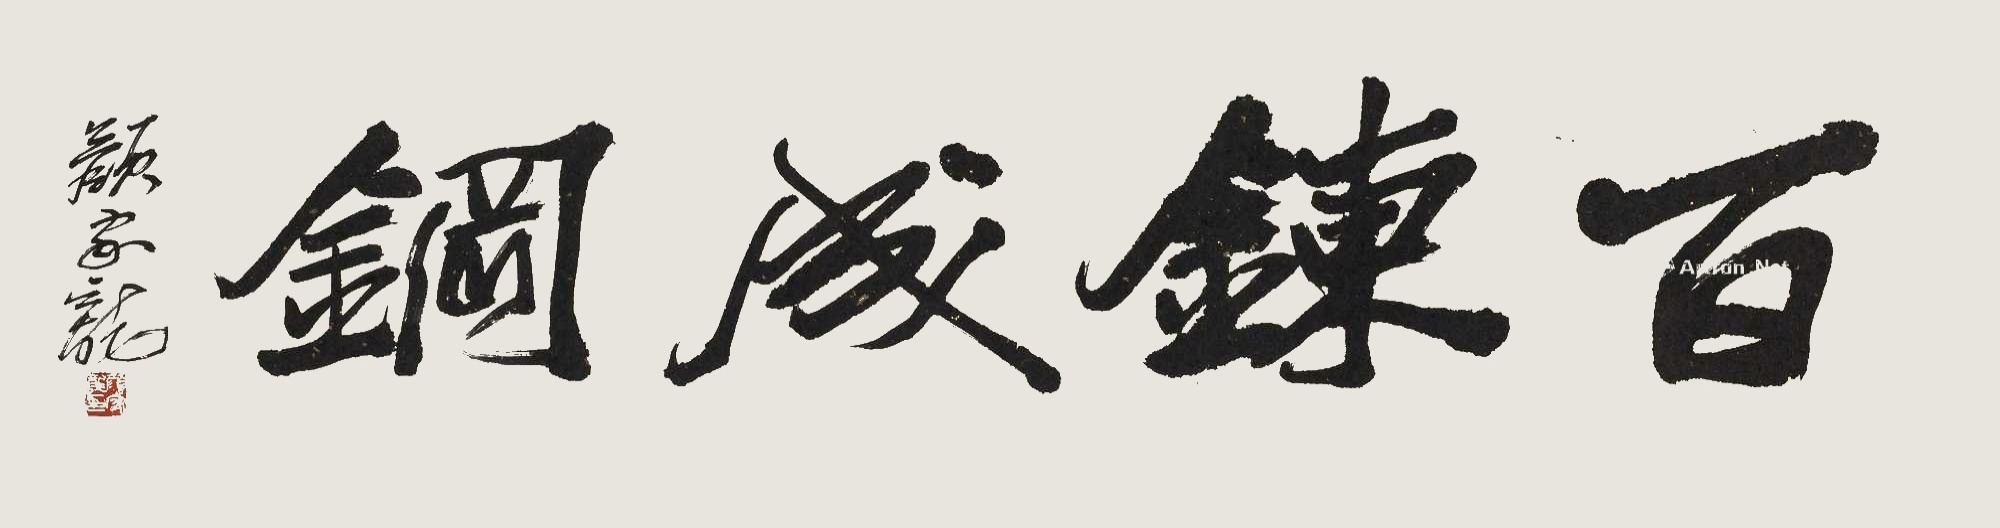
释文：百炼成钢，颜家龙。